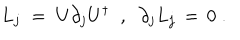
LaTeX: L _ { j } \; = \; U \partial _ { j } U ^ { \dagger } \; \; , \; \; \partial _ { j } L _ { j } \, = \, 0 \; .